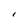
Character: I